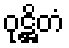
ဝုဋ္ဌိတံ